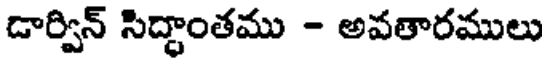
డార్విన్ సిద్ధాంతము - అవతారములు